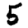
Digit: 5